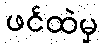
ဖင်ထဲမှ